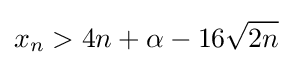
x_{n}>4n+\alpha -16{\sqrt {2n}}